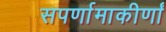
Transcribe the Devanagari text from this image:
सपर्णामाकीर्णां